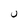
Character: U